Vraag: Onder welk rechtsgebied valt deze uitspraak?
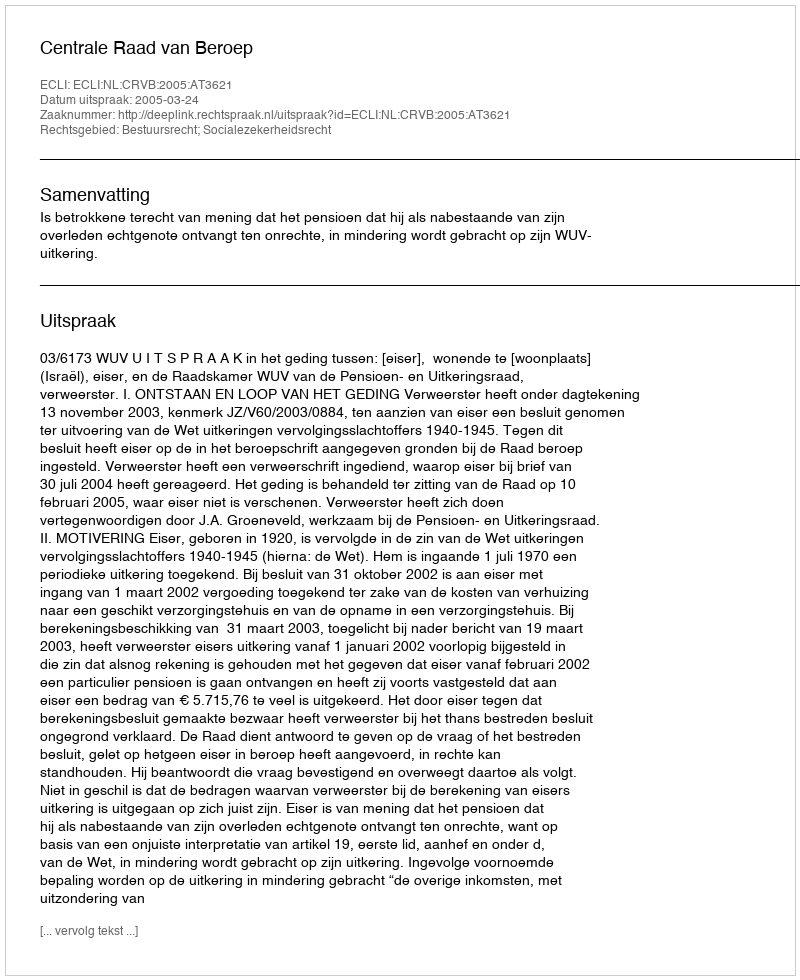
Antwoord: Bestuursrecht; Socialezekerheidsrecht